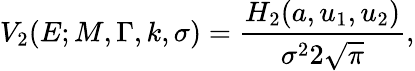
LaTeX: V_{2}(E;M,\Gamma,k,\sigma)={\frac{H_{2}(a,u_{1},u_{2})}{\sigma^{2}2{\sqrt{\pi}}}},